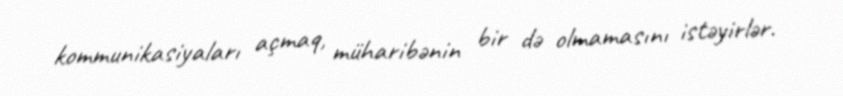
kommunikasiyaları açmaq, müharibənin bir də olmamasını istəyirlər.